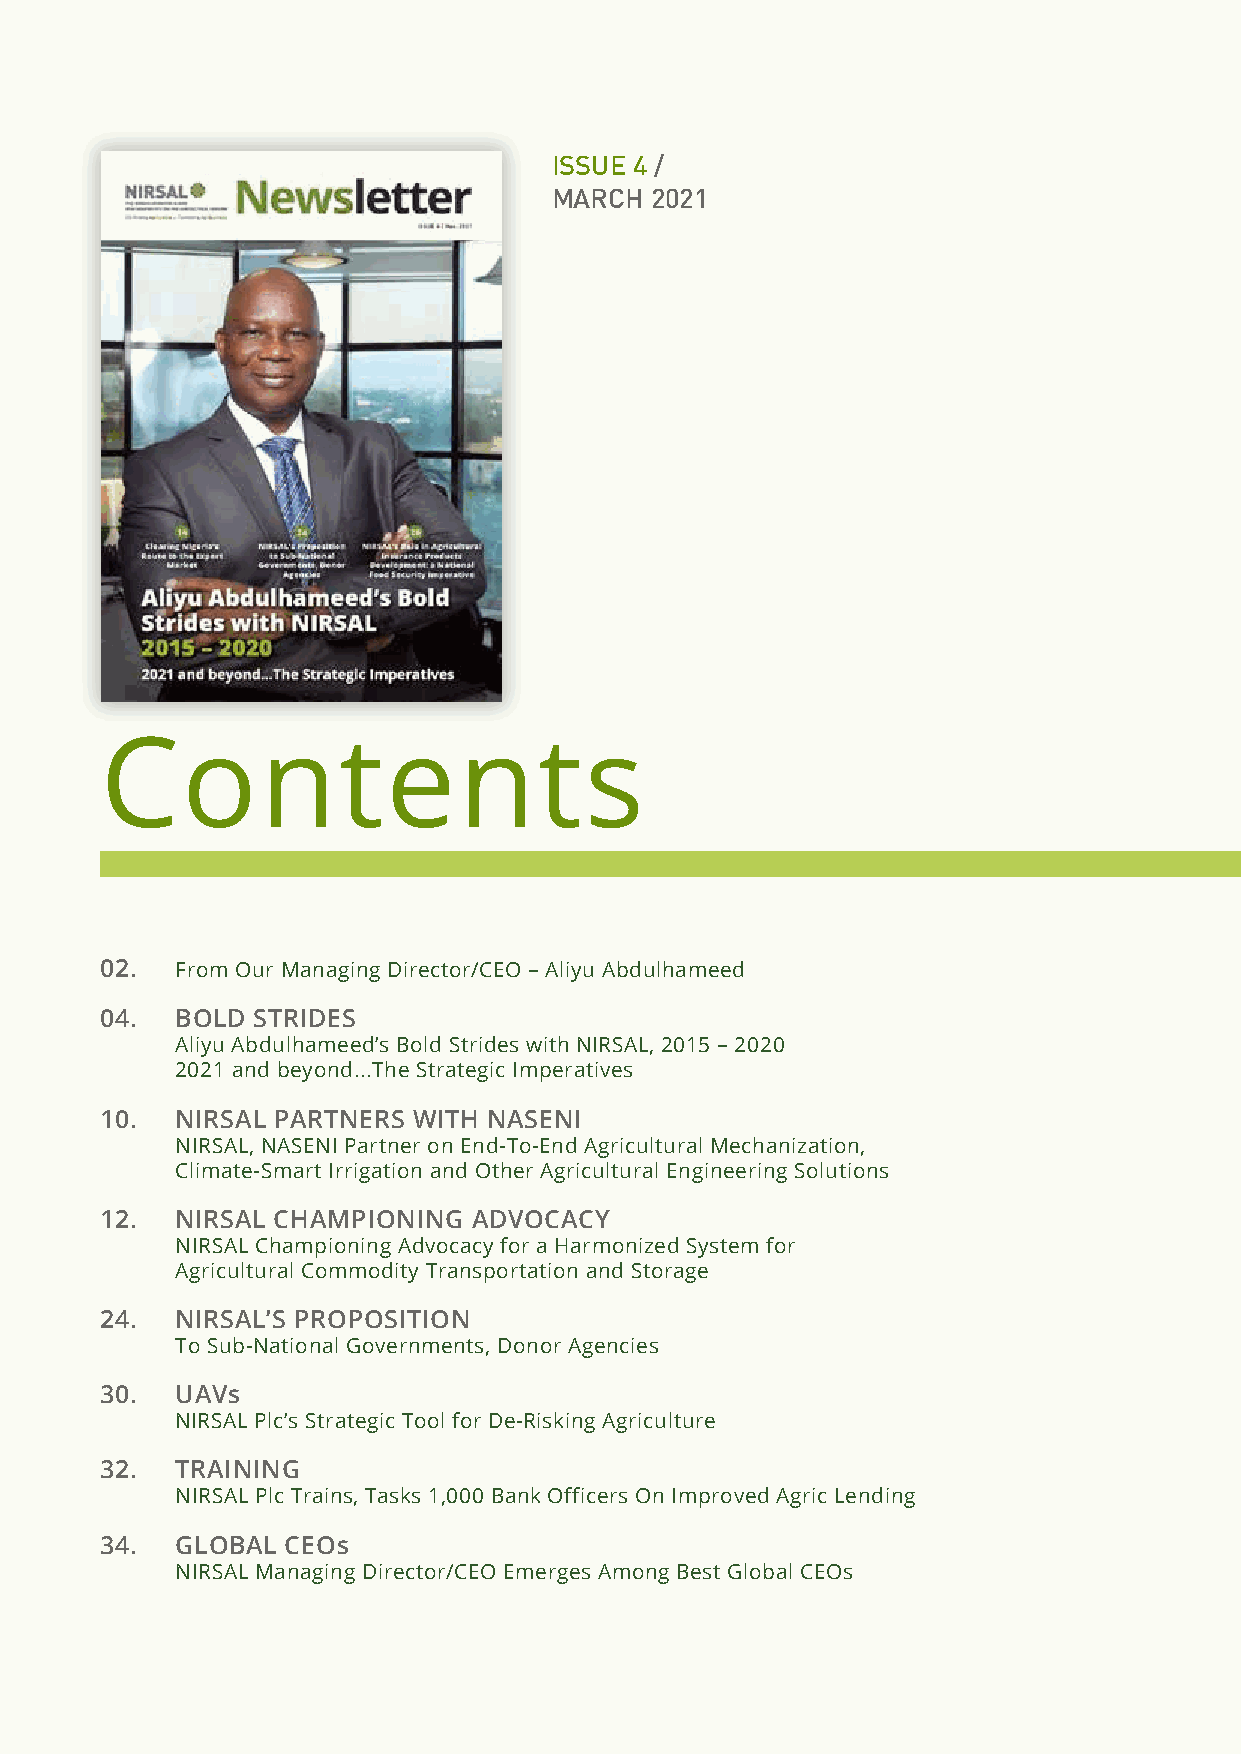
ISSUE 4 /
 MARCH  2021
 Contents
 02.  From Our Managing Director/CEO – Aliyu Abdulhameed
 04.  BOLD STRIDES
 Aliyu Abdulhameed’s Bold Strides with NIRSAL, 2015 – 2020
 2021 and beyond...The Strategic Imperatives
 10.  NIRSAL PARTNERS WITH NASENI
 NIRSAL, NASENI Partner on End-To-End Agricultural Mechanization,
 Climate-Smart Irrigation and Other Agricultural Engineering Solutions
 12.  NIRSAL CHAMPIONING ADVOCACY
 NIRSAL Championing Advocacy for a Harmonized System for
 Agricultural Commodity Transportation and Storage
 24.  NIRSAL’S PROPOSITION
 To Sub-National Governments, Donor Agencies
 30.  UAVs
 NIRSAL Plc’s Strategic Tool for De-Risking Agriculture
 32.  TRAINING
 NIRSAL Plc Trains, Tasks 1,000 Bank Officers On Improved Agric Lending
 34.  GLOBAL CEOs
 NIRSAL Managing Director/CEO Emerges Among Best Global CEOs